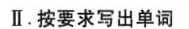
Ⅱ. 按要求写出单词